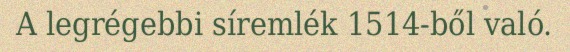
A legrégebbi síremlék 1514-ből való.